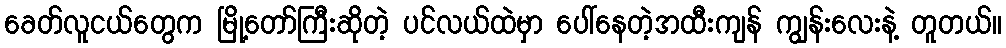
ခေတ်လူငယ်တွေက မြို့တော်ကြီးဆိုတဲ့ ပင်လယ်ထဲမှာ ပေါ်နေတဲ့အထီးကျန် ကျွန်းလေးနဲ့ တူတယ်။